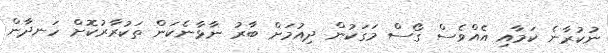
ނުކުރާނެ ކަމާއި އެއްވެސް ގޯސް މަގަކުން ދިއުމަށް ބާރު ނާޅާނެކަން ތަކުރާރުކޮށް ހަނދާން